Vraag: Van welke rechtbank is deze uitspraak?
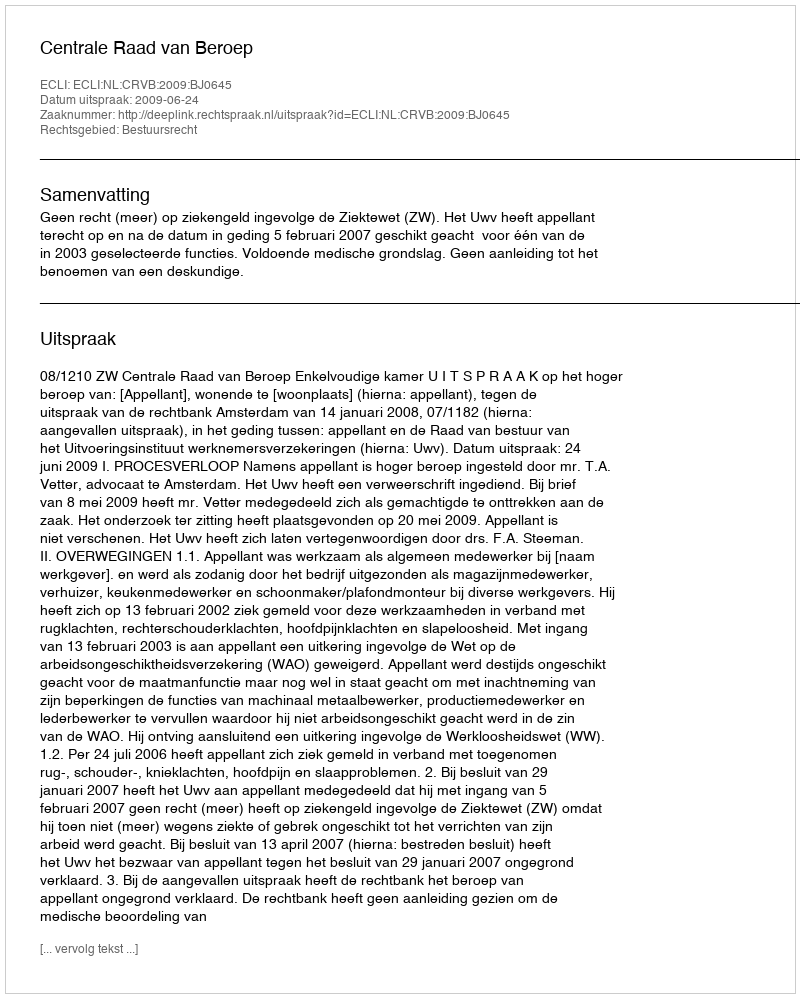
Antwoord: Centrale Raad van Beroep